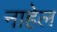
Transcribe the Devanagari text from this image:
नाहेल